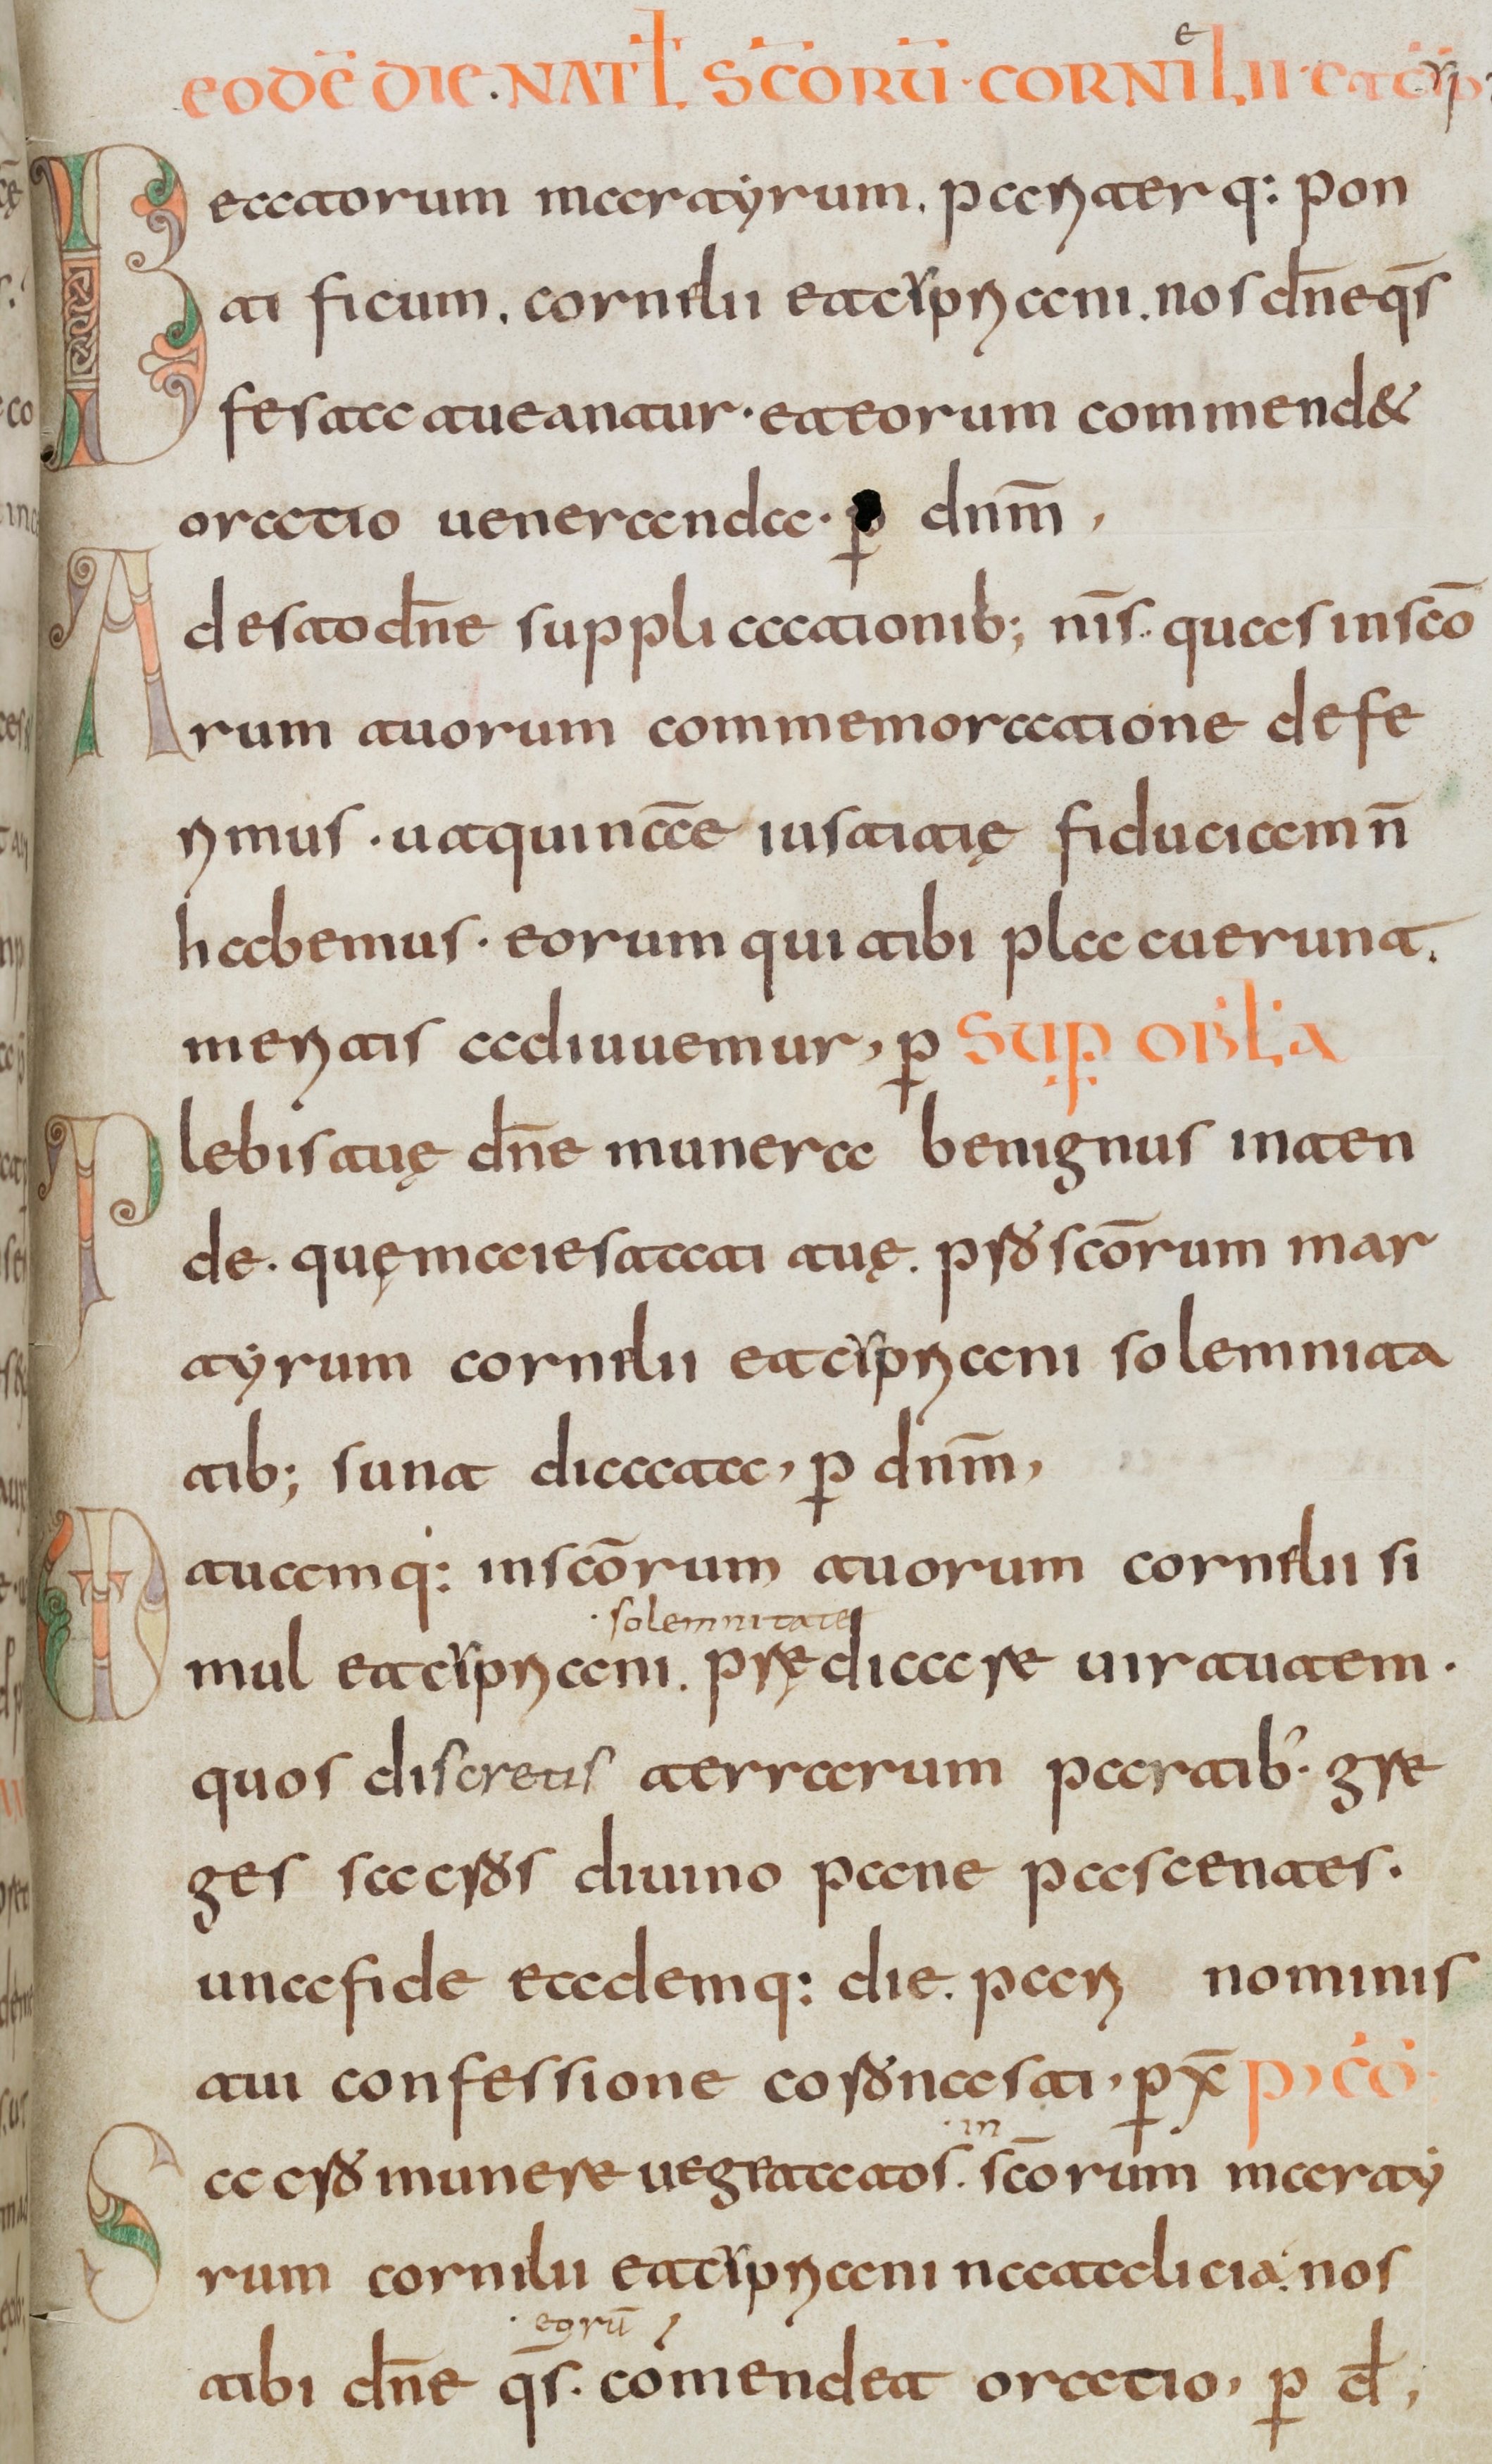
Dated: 800–830